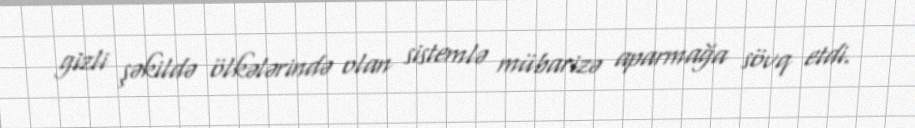
gizli şəkildə ölkələrində olan sistemlə mübarizə aparmağa sövq etdi.